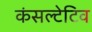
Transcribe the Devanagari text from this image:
कंसल्टेटिव